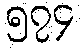
၅၇၄